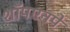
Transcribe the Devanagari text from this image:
शॉपएनपे